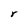
Character: r